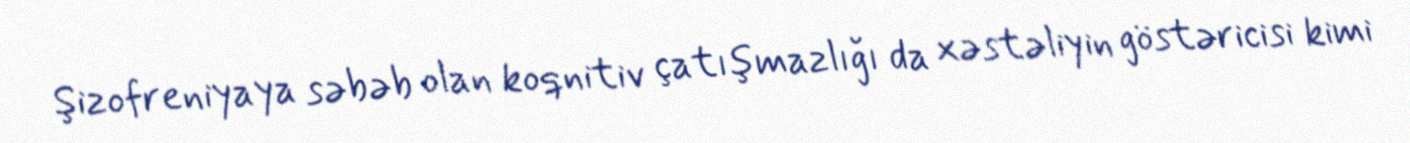
Şizofreniyaya səbəb olan koqnitiv çatışmazlığı da xəstəliyin göstəricisi kimi